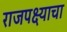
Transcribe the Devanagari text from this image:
राजपक्ष्याचा